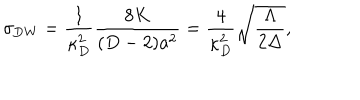
LaTeX: \sigma _ { \mathrm { D W } } = { \frac { 1 } { \kappa _ { D } ^ { 2 } } } { \frac { 8 K } { ( D - 2 ) a ^ { 2 } } } = { \frac { 4 } { \kappa _ { D } ^ { 2 } } } \sqrt { \frac { \Lambda } { 2 \Delta } } ,